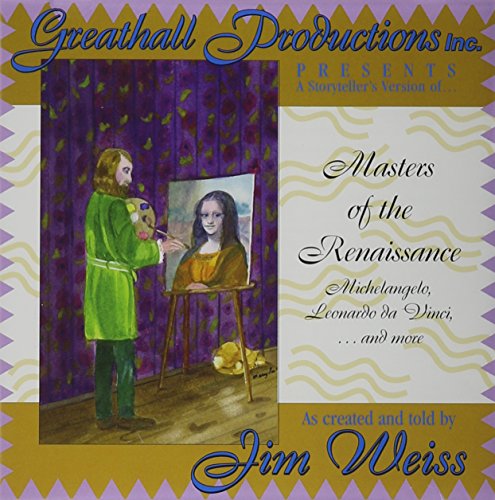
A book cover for Masters of the Renaissance: Michelangelo, Leonardo Da Vinci and More; Jim Weiss; Children's Books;